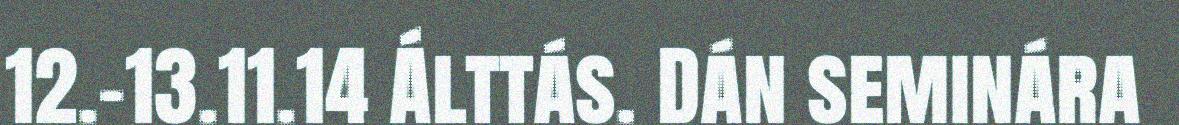
12.-13.11.14 Álttás. Dán seminára